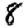
Digit: 8